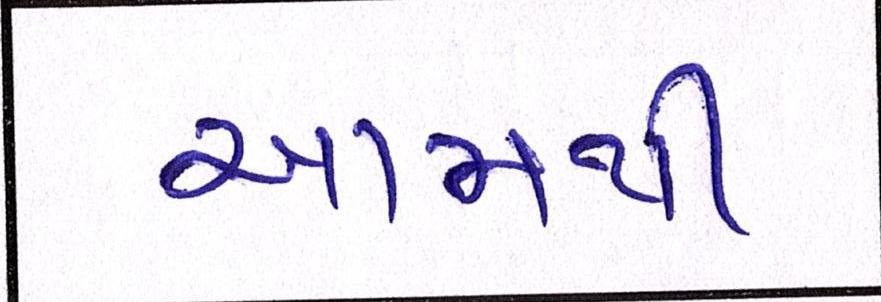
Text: આમથી